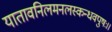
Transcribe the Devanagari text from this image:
यातावनिलमनलस्कन्धवपुषः।।